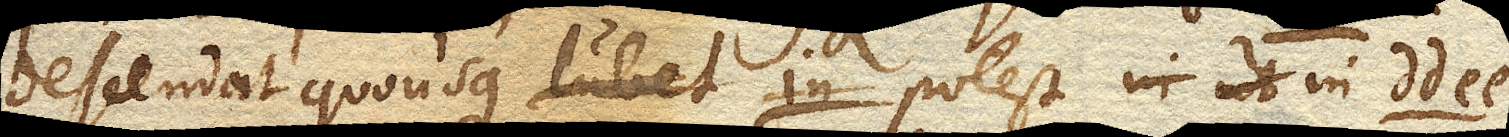
descendat quousque lubet in potest in dd ee.